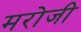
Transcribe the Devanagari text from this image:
मरोजी